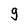
Character: g